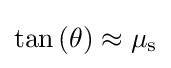
\tan {(\theta )}\approx \mu _{\mathrm {s} }